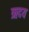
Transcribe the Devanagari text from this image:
ऋदय